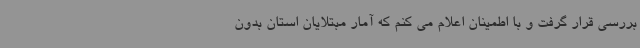
بررسی قرار گرفت و با اطمینان اعلام می کنم که آمار مبتلایان استان بدون